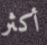
أكثر